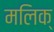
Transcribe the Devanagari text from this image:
मलिक्